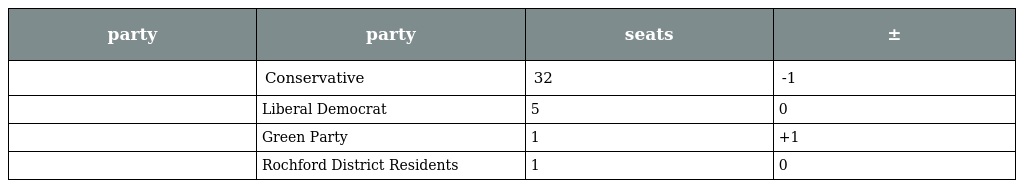
| party | party | seats | ± |
 | --- | --- | --- | --- |
 |  | Conservative | 32 | -1 |
 |  | Liberal Democrat | 5 | 0 |
 |  | Green Party | 1 | +1 |
 |  | Rochford District Residents | 1 | 0 |